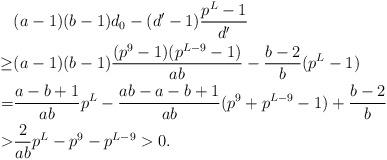
LaTeX: \begin{align*}&(a-1)(b-1)d_0 - (d'-1)\frac{p^L-1}{d'} \\\geq &(a - 1)(b - 1)\frac{(p^9-1)(p^{L-9}-1)}{ab} - \frac{b - 2}{b}(p^L - 1) \\= &\frac{a-b+1}{ab}p^L - \frac{ab - a - b + 1}{ab}(p^9 + p^{L-9} - 1) + \frac{b-2}{b} \\> &\frac{2}{ab}p^L - p^9 - p^{L-9} > 0.\end{align*}